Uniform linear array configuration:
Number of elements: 12
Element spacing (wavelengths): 0.75
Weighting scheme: kaiser
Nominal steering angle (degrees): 45
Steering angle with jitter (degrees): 46.99
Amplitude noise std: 0.05
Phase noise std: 0.05

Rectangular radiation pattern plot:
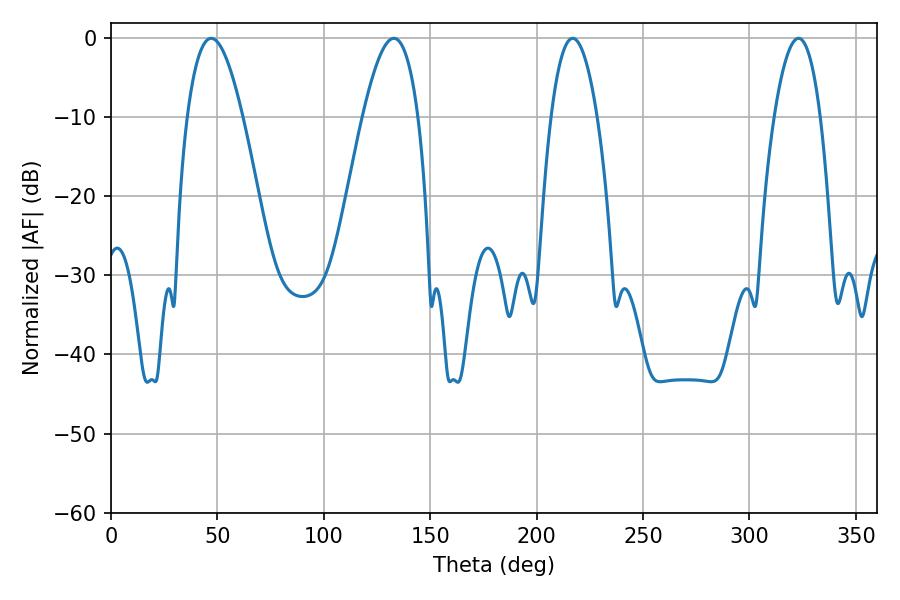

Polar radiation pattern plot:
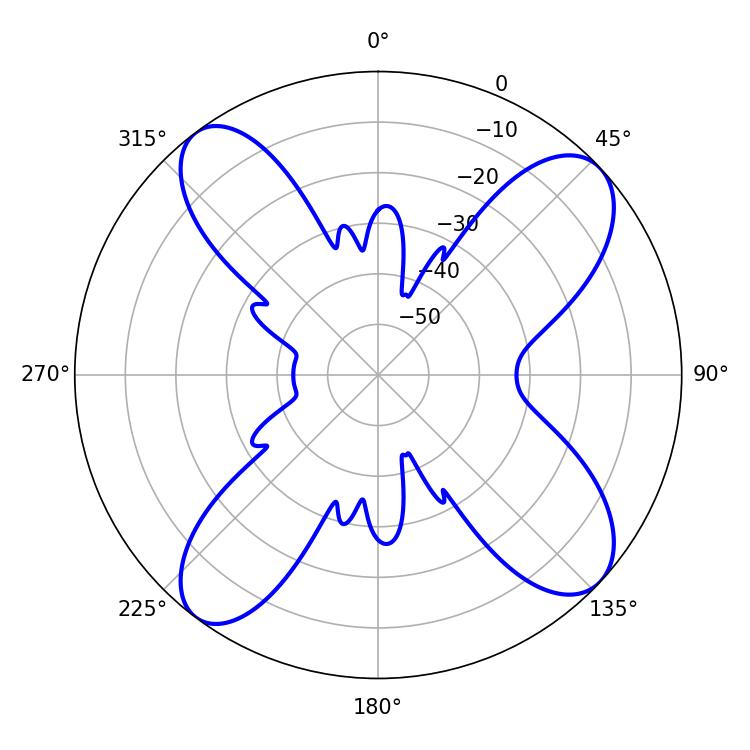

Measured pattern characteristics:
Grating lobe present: TRUE
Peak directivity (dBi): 11.96
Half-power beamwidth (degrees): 12.06
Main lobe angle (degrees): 216.9